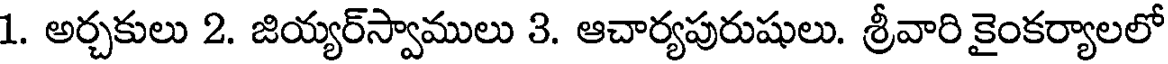
1. అర్చకులు 2. జియ్యర్స్వాములు 3. ఆచార్యపురుషులు. శ్రీవారి కైంకర్యాలలో